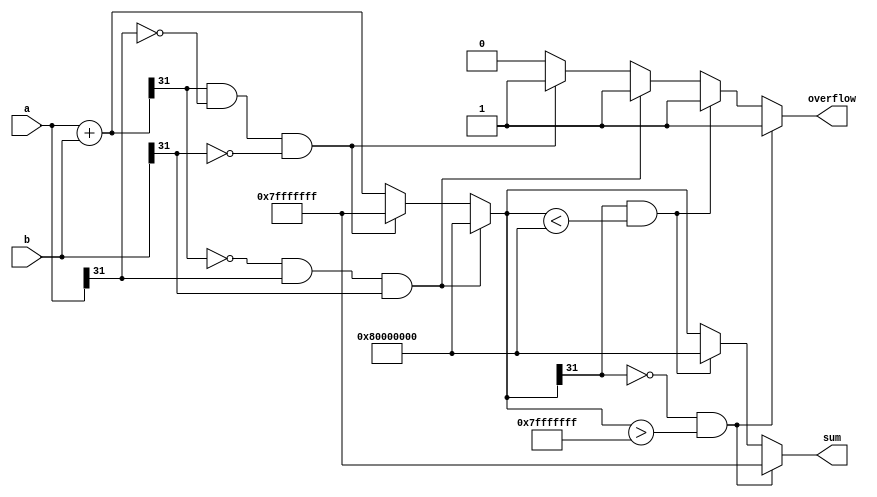
`timescale 1ns / 1ps
//////////////////////////////////////////////////////////////////////////////////
// Mississippi State University 
// ECE 4532-4542 Senior Design
// 
// Module Name:    L_add 
// Project Name: 	 ITU G.729 Hardware Implementation
// Target Devices: Virtex 5
// Tool versions:  Xilinx 9.2i
// Description: 	This is a function to add two numbers and  check for overflow.
// 					It is modeled after the L_add function in the C code
// Dependencies: 	 N/A
//
// Revision: 
// Revision 0.01 - File Created
// Additional Comments: 
//
//////////////////////////////////////////////////////////////////////////////////

module L_add(a,b,overflow,sum);

input [31:0] a,b;
output overflow;
output [31:0] sum;

wire signed [31:0] a,b;
reg overflow;
reg signed [31:0] sum;
reg signed [31:0] temp;

parameter MIN_32 = 32'h8000_0000;
parameter MAX_32 = 32'h7fff_ffff;

always @(*) begin

	overflow = 0;	
	temp = a+b;
	
    if ((temp[31] ==0) && (a[31] == 1) && (b[31] == 1)) // neg+neg=pos NOT ALLOWED
	 begin
      temp = 32'h8000_0000;
		overflow = 1;
	 end
    else if ((temp[31] == 1) && (a[31] == 0) && (b[31] == 0)) // pos+pos=neg NOT ALLOWED
	 begin
      temp = 32'h7fff_ffff;
		overflow = 1;
	 end
    
	 
	if((temp[31] == 0) && (temp > MAX_32))
	begin
		temp = MAX_32;
		overflow = 1;
	end

	else if((temp[31] == 1) && (temp < MIN_32))
	begin
		temp = MIN_32;
		overflow = 1;
	end

	sum = temp;
end //end always



endmodule